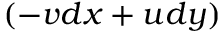
( - v d x + u d y )